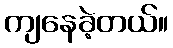
ကျနေခဲ့တယ်။